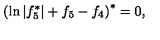
\left( \ln | f _ { 5 } ^ { \ast } | + f _ { 5 } - f _ { 4 } \right) ^ { \ast } = 0 ,